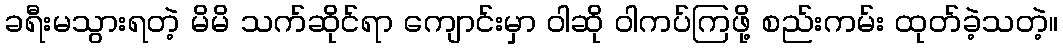
ခရီးမသွားရတဲ့ မိမိ သက်ဆိုင်ရာ ကျောင်းမှာ ဝါဆို ဝါကပ်ကြဖို့ စည်းကမ်း ထုတ်ခဲ့သတဲ့။